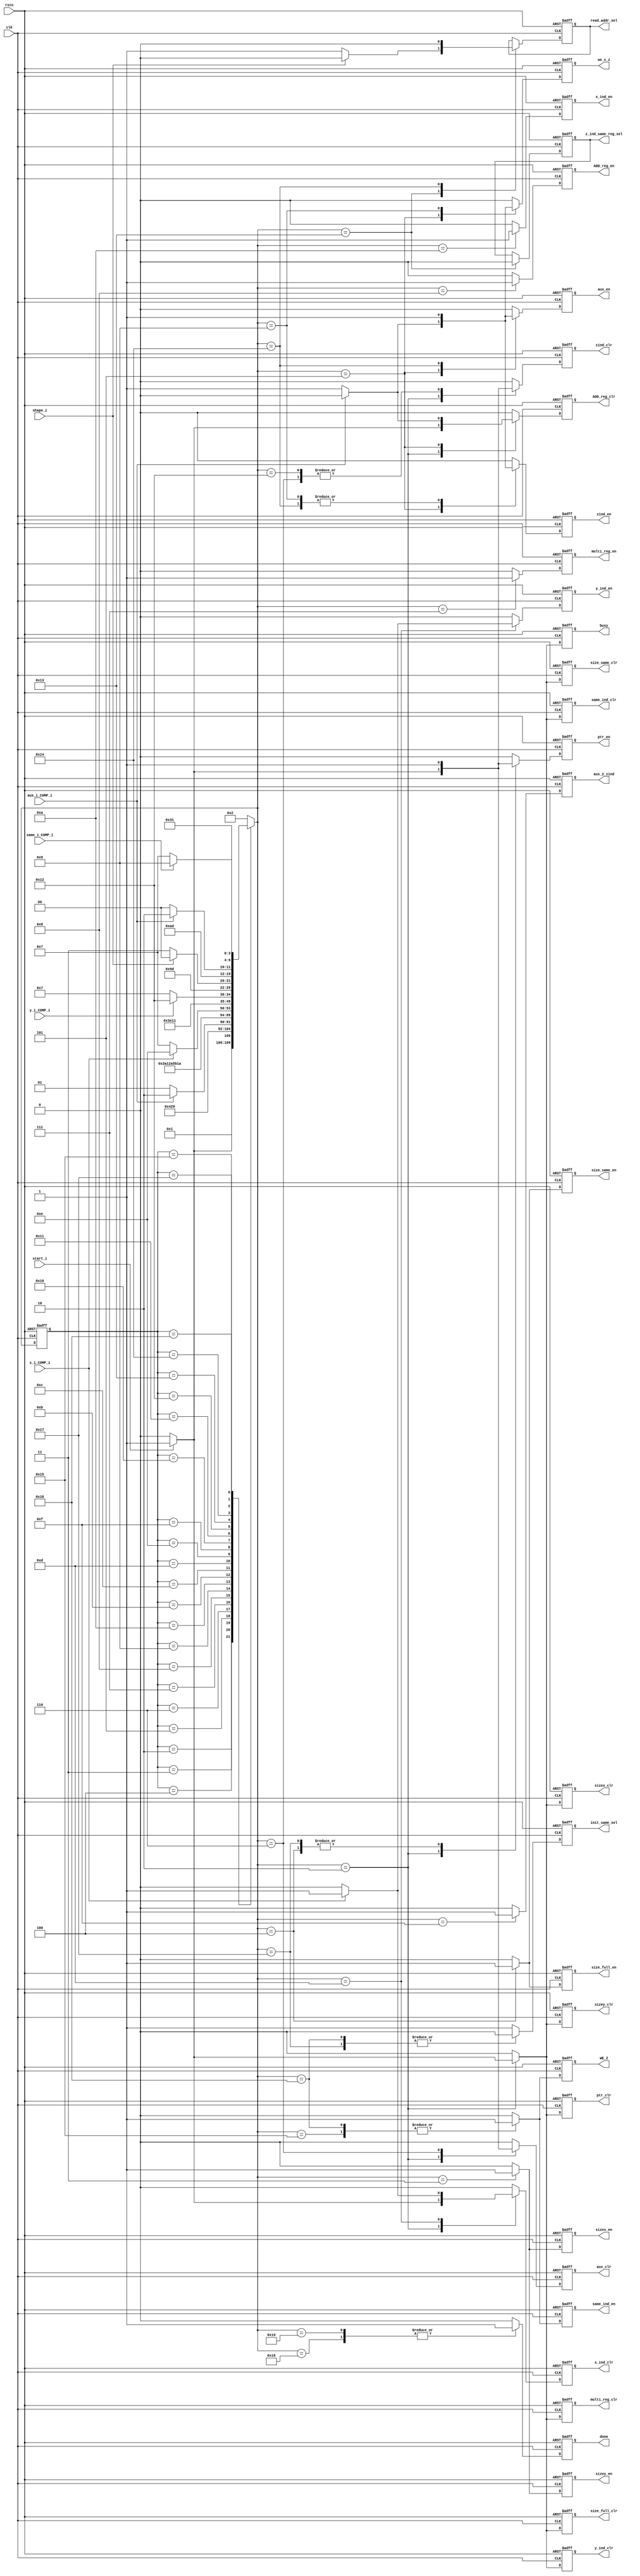
/******************************************************************
*Module name : FSM
*Type        : Verilog Module
*
*Description : Finite State Machine for convolver data flow
*------------------------------------------------------------------
*	clocks    : posedge clock "clk"
*	reset		 : sync rstn
* 
*Parameters  : none
*
******************************************************************/

module FSM(
   input  clk,
   input  rstn,
   input  start_i,
	input  shape_i,
	input  x_i_COMP_i,//Bandera del comparador para el contador de x_i
	input  y_i_COMP_i,////Bandera del comparador para el contador de y_i
	input  same_i_COMP_i, //Bandera del comparador para el contador de same_i
   input  aux_i_COMP_i, //Bandera del comparador para el contador de aux_i - para inicializar memoria
	
	output reg busy,
	output reg done,	
	//size_x_reg 
	output reg sizex_clr,
	output reg sizex_en,
	//size_y_reg 
	output reg sizey_clr,
	output reg sizey_en,
	//sz_full_reg
	output reg size_full_en,
	output reg size_full_clr,
	//sz_same_reg
	output reg size_same_en,
	output reg size_same_clr,
	//multi_reg
	output reg multi_reg_en,
	output reg multi_reg_clr,
	//ADD_reg
	output reg ADD_reg_clr,
	output reg ADD_reg_en,
	//aux_reg
	output reg aux_en,
   output reg aux_clr,
	//zind_reg
	output reg zind_en,
   output reg zind_clr,
	output reg aux_2_zind,
	//mux1 - selector de direccin de lectura de memoria interna
	output reg read_addr_sel,
	//x_i_reg
	output reg x_ind_en,
   output reg x_ind_clr,
	//y_i_reg
	output reg y_ind_en,
   output reg y_ind_clr,
	//same_i_reg
	output reg same_ind_en,
   output reg same_ind_clr,
	//mux2 - //Multiplexor despus de init_same
	output reg init_same_sel,
	//ptr_reg
	output reg ptr_en,
   output reg ptr_clr,
	//s_z_mem - memoria s_z interna
	output reg we_s_z,
	//WE_Z
	output reg WE_Z,
	output reg z_ind_same_reg_sel
	
);


 localparam [4:0] S1=5'b00001, S2=5'b00010, S3=5'b00011, S4=5'b00100, S5=5'b00101, S6=5'b00110, 
 S7=5'b00111, S8=5'b01000, S9=5'b01001, S10=5'b01010, S11=5'b01011, S12=5'b01100, S13=5'b01101,	
 S14=5'b01110,	S15=5'b01111, S16=5'b10000, S17=5'b10001, S18=5'b10010, S19=5'b10011, S20=5'b10100,
 S21=5'b10101, S22=5'b10110,S23=5'b10111, S24=5'b11000, S25=5'b11001; 

 reg [4:0] state;
 reg [4:0] next;

 //(1) State register
 always@(posedge clk or negedge rstn)
     if(!rstn) 
			state <= S1;                                            
     else      
			state <= next;

			
 //(2) Combinational next state logic
 always@* begin
     //next = XX;
     case(state)
         S2: if(start_i) 
					next = S3;
             else      //@ loopback
					next = S2;
         S3:   
				 next = S4;     
         
         S4:             
				 next = S5;
			
			S5: if(aux_i_COMP_i)
					next = S6;
				 else 
					next = S5;

			S6: 
				 next = S7;
					
		   S7:             //**
				 next = S8;
				 
		   S8:             
				 next = S9;
			
			S9:     
				 next = S10;
				 
			S10:     
				 next = S11;	 
				 
			S11:     
				 next = S12; 
			
			S12:     
				 next = S13; 
			

			S13: if(x_i_COMP_i) //** todo X //
					 next = S14;
				  else 
					 next = S7;		
			S14: 
				  next = S15;
				  
		   S15:  
				  next = S16;
				  
		   S16: 
				  next = S17;
		   
					 
		   S17: if(y_i_COMP_i) //Todo Y
					 next = S18;
				  else 
					 next = S7;
			S18: 
					next = S19;
			
			S19: if(shape_i)
					 next = S20;
					else 
					 next = S23;
			
//			S14: if(aux_i_COMP_i)
//					 next = S15;
//					else 
//					 next = S14;
			S20: 
					next = S21;
			
			S21: if(aux_i_COMP_i)
						next = S22;
					else 
						next = S20;
			S22: 
					next = S2;
					
			
			S23: 
					next = S24;
			
			S24: if(same_i_COMP_i)
					 next = S25;
					else 
					 next = S23; 
			S25: 
					next = S2;
	
         default:  next = S2;
     endcase
 end
 

 //(3) Registered output logic (Moore outputs)
 always@(posedge clk or negedge rstn) begin
     if(!rstn) begin //S1
         busy <= 1'b0;
			done <= 1'b0;
			sizex_clr <= 1'b1;
			sizex_en  <= 1'b0;
			sizey_clr <= 1'b1;
			sizey_en <= 1'b0;
			size_full_en <= 1'b0;
			size_full_clr <= 1'b1;		
			size_same_en <= 1'b0;
			size_same_clr <= 1'b1;
			aux_en <= 1'b0;
			aux_clr <= 1'b1;		
			multi_reg_en <= 1'b0;
			multi_reg_clr <= 1'b1;
			ADD_reg_en <= 1'b0;
			ADD_reg_clr  <= 1'b1;
			zind_en <= 1'b0;
			zind_clr <= 1'b1;
			aux_2_zind <= 1'b0;
			read_addr_sel <= 1'b0;// 1 Ptr_reg 0 zind
			x_ind_en <= 1'b0;
			x_ind_clr <= 1'b1;			
			y_ind_en <= 1'b0;
         y_ind_clr <= 1'b1;			
			same_ind_en <= 1'b0;
			same_ind_clr <= 1'b1;		
			init_same_sel <= 1'b1; //1 init_same 0 ptr feedback
		   ptr_en <= 1'b0;
         ptr_clr <= 1'b1;
			we_s_z <= 1'b0;
		   WE_Z <= 1'b0;	
			z_ind_same_reg_sel <= 1'b1; //1 zind reg 0 same
     end
     else begin
         //dout_o <= 3'b000;//First default values!
			//enable y selectores de muxes
			busy <= 1'b0;
			done <= 1'b0;
			sizex_en  <= 1'b0;
			sizey_en <= 1'b0;
			size_full_en <= 1'b0;
			size_same_en <= 1'b0;
			aux_en <= 1'b0;
			multi_reg_en <= 1'b0;
			ADD_reg_en <= 1'b0;
			zind_en <= 1'b0;
			//read_addr_sel <= 1'b0;// 1 Ptr_reg 0 zind - mux1
			x_ind_en <= 1'b0;
			y_ind_en <= 1'b0;
			same_ind_en <= 1'b0;
			init_same_sel <= 1'b1; //1 init_same 0 ptr feedback - mux2
			ptr_en <= 1'b0; 
			we_s_z <= 1'b0; //we memoria interna
		   WE_Z <= 1'b0; //WE salida
			aux_2_zind <= 1'b0;
			//z_ind_same_reg_sel <= 1'b1; //1 zind reg 0 same - mux3
			

			//Clrs 
			sizex_clr <= 1'b0;
			sizey_clr <= 1'b0;
			size_full_clr <= 1'b0;
			size_same_clr <= 1'b0;
			aux_clr <= 1'b0;
			multi_reg_clr <= 1'b0;
			ADD_reg_clr  <= 1'b0;
			zind_clr <= 1'b0;
			x_ind_clr <= 1'b0;
			y_ind_clr <= 1'b0;
			same_ind_clr <= 1'b0;
			ptr_clr <= 1'b0;			  
			
             case(next)	
						 S2: if(start_i) begin
									busy <= 1'b1;
									done <= 1'b0;
									aux_clr <= 1'b1;
								   x_ind_clr <= 1'b1;
								   y_ind_clr <= 1'b1;
								   same_ind_clr <= 1'b1;
								   ptr_clr <= 1'b1;
								   sizex_clr <= 1'b1;
								   sizey_clr <= 1'b1;
								   size_full_clr <= 1'b1;
								   size_same_clr <= 1'b1;
								   zind_clr <= 1'b1;
								   multi_reg_clr <= 1'b1;
								   ADD_reg_clr  <= 1'b1;
									
									//Particularmente
									//ptr_clr <= 1'b1;
									ptr_en <= 1'b1; 
								 end
							 else begin     //IDLE
									busy <= 1'b0;
									done <= 1'b0;
								 end
						 S3: begin 
								 sizex_en  <= 1'b1;
								 sizey_en <= 1'b1;
								// ptr_en <= 1'b1;
							  end
						 S4: begin 
								size_full_en <= 1'b1;
								size_same_en <= 1'b1;
								 ptr_en <= 1'b1;
							  end
						 S5: if(aux_i_COMP_i) begin
										aux_en <= 1'b0;
										we_s_z <= 1'b0;
										ADD_reg_clr  <= 1'b0; //Tener cuidado de si el valor que se actualiza de la suma efectua la escritura de la memoria al instante o un ciclo despues de ser ese el caso mover we o ADD (we preferentemente) 
										//zind_clr <= 1'b1;
									end
							  else begin
										aux_en <= 1'b1;
										we_s_z <= 1'b1;
										ADD_reg_clr  <= 1'b1; //Tener cuidado de si el valor que se actualiza de la suma efectua la escritura de la memoria al instante o un ciclo despues de ser ese el caso mover we o ADD (we preferentemente)
										zind_en <= 1'b1; 
									end
						 S6: begin 
									aux_clr <= 1'b1;
									zind_clr <= 1'b1;
							  end
						 S7: begin 
									multi_reg_en <= 1'b1;
							  end
						 S8: begin 
									ADD_reg_en <= 1'b1; //Tener cuidado de si el valor que se actualiza de la suma efectua la escritura de la memoria al instante o un ciclo despues de ser ese el caso mover we o ADD (we preferentemente)
									//we_s_z <= 1'b1;
							  end
						 S9: begin 
									zind_en <= 1'b1;
									we_s_z <= 1'b1;
							  end
						 S10: begin 
									x_ind_en <= 1'b1;
							  end
							  
							  
							  
//						 S11: begin 
//									x_ind_clr <= 1'b1;
//							  end  					  
						 S13: if(x_i_COMP_i) begin
									//x_ind_en <= 1'b1;//*****
										x_ind_clr <= 1'b1;
										y_ind_en <= 1'b1;
									end

//	S14: 
//				  next = S15;
//				  
//		   S15:  
//				  next = S16;
//				  
//		   S16: 
//				  next = S17;								
									
									
								//else 
									//x_ind_en <= 1'b1;
						 S15: begin //Cambie de 14 a 13
									aux_2_zind <= 1'b1; 
							   end
//						 S12: if(y_i_COMP_i)
//									y_ind_en <= 1'b0; 13 dummy        Pasan estados 13 y 14
//								else 
//									y_ind_en <= 1'b1;

			//S16
						 
						S18: begin
									zind_clr <= 1'b1;
							  end
								
						S19: if(shape_i) begin
										//zind_clr <= 1'b1;
										read_addr_sel <= 1'b0; //Poner en todos los estados restantes as 
										z_ind_same_reg_sel <= 1'b0; //1 zind reg 0 same - mux3
									end
								else begin
										read_addr_sel <= 1'b1; //Poner en todos los estados restantes as 
										z_ind_same_reg_sel <= 1'b0; //1 zind reg 0 same - mux3 //One hot
								end
								
						S20: begin
									zind_en <= 1'b1;
									aux_en <= 1'b1;
									read_addr_sel <= 1'b0; //Poner en todos los estados restantes as 
							  end
					   S21: begin
									same_ind_en <= 1'b1;
									WE_Z <= 1'b1; 
							  end 
					  
						S22:  begin 
									busy <= 1'b0;
									done <= 1'b1;
							   end							
								
						S23: begin 
									ptr_en <= 1'b1;
									//WE_Z <= 1'b1; cambiar
									init_same_sel <= 1'b0;
							   end
								
						S24: begin 
									WE_Z <= 1'b1;
									init_same_sel <= 1'b0; //Tener cuidado con esta ventana
									same_ind_en <= 1'b1;
							   end
						S25: begin 
									busy <= 1'b0;
									done <= 1'b1;
							   end
										
             endcase
     end

 end

endmodule